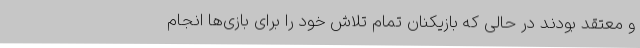
و معتقد بودند در حالی که بازیکنان تمام تلاش خود را برای بازی‌ها انجام